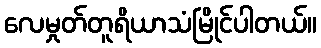
လေမှုတ်တူရိယာသံမြိုင်ပါတယ်။